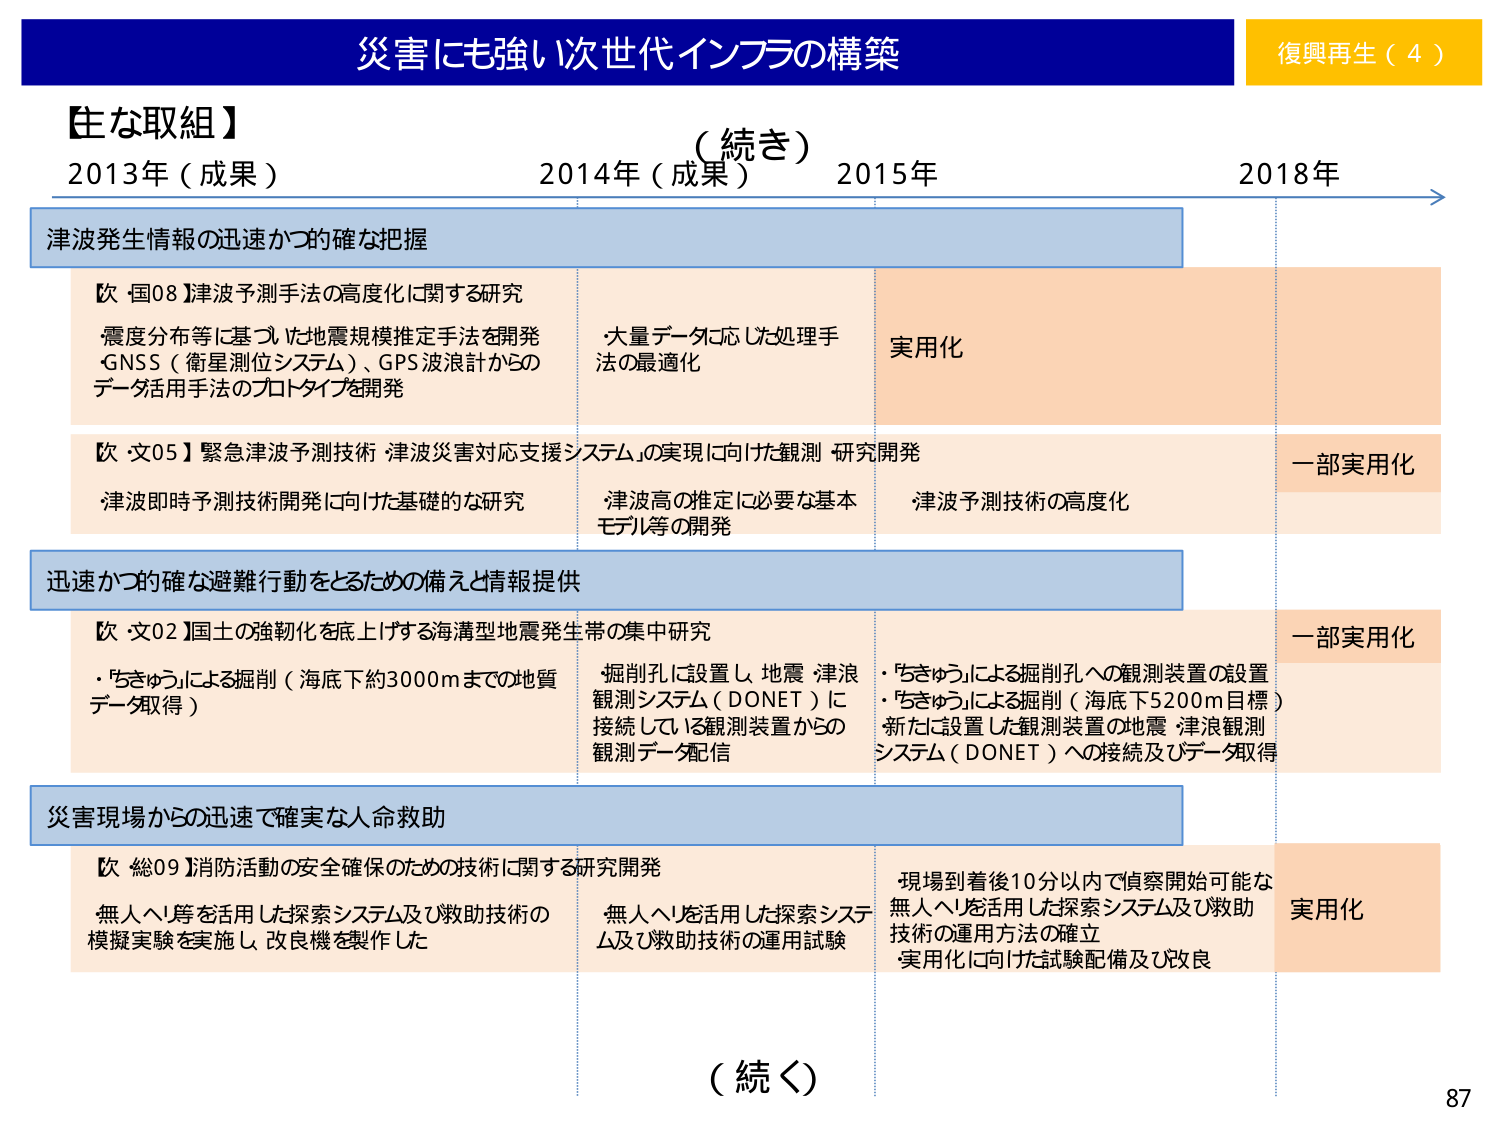
災害にも強い次世代インフラの構築
復興再生（4）

【主な取組】
（続き）
2013年（成果）　2014年（成果）　2015年　2018年

津波発生情報の迅速かつ確な把握

　【国08】津波予測手法の高度化に関する研究
　・震度分布等に基づいた地震規模推定手法を開発
　・GNSS（衛星測位システム）、GPS波浪計からの
　　データ活用手法のプロトタイプを開発

　　・大量データに応じた処理手法の最適化
　　実用化

　【文05】緊急津波予測技術 津波災害対応支援システムの実現に向けた観測研究開発
　・津波即時予測技術開発に向けた基礎的な研究
　　・津波高の推定に必要な基本モデル等の開発
　　・津波予測技術の高度化
　一部実用化

迅速かつ確な避難行動をとるための備えと情報提供

　【文02】国土の強靭化を底上げする海溝型地震発生帯の集中研究
　・「ちきゅう」による掘削（海底下約3000mまでの地質データ取得）
　　・掘削孔に設置し、地震・津浪観測システム（DONET）に
　　　接続している観測装置からの観測データ配信
　　・「ちきゅう」による掘削孔への観測装置の設置
　　　・「ちきゅう」による掘削（海底下5200m目標）
　　　・新たに設置した観測装置の地震・津浪観測システム（DONET）への接続及びデータ取得
　一部実用化

災害現場からの迅速で確実な人命救助

　【総09】消防活動の安全確保のための技術に関する研究開発
　・無人ヘリ等を活用した探索システム及び救助技術の模擬実験を実施し、改良機を製作した
　　・無人ヘリを活用した探索システム及び救助技術の運用試験
　　・現場到着後10分以内で偵察開始可能な無人ヘリを活用した探索システム及び救助技術の運用方法の確立
　　・実用化に向けた試験配備及び改良
　実用化

（続く）
87